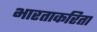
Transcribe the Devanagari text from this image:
भारताकरिता